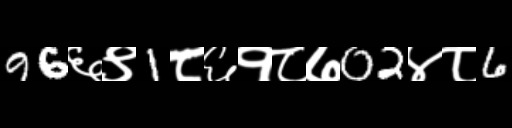
Text: 96६९1८६१८७02४८6